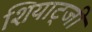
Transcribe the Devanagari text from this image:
शियाट्जी